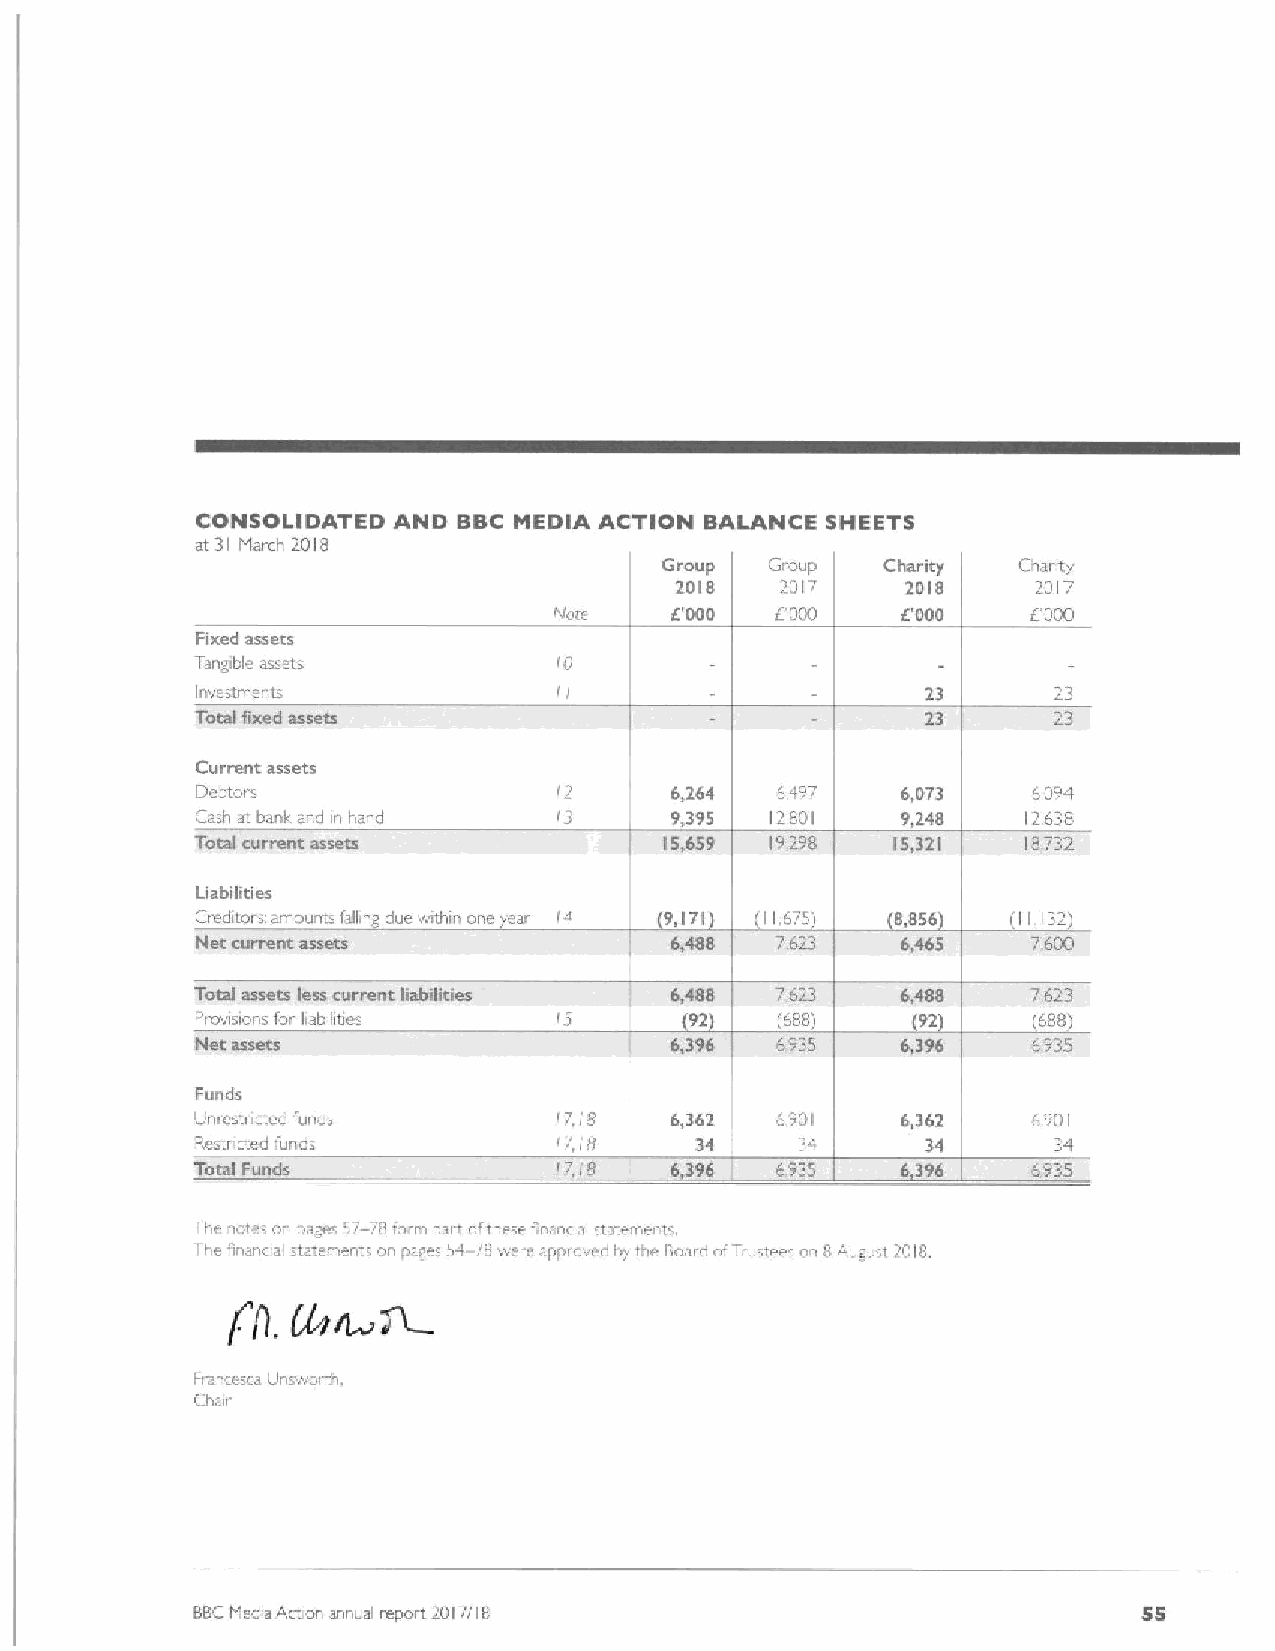
CONSOLIDATED AND BBC MEDIA ACTION BALANCE SHEETS
 at 31 htarch 2018
 Group  Group  Charity  Charity
 2018   2017    2018     2017
 Note ~ t'OOD  2000     IE'DOO  C000
 Fixed assets
 Tangible asseis         '0
 invesaments                                     23       23
 Total fixed assets                              23
 Current assets
 Debtors                 l2     6,264  6497     6,D73   6094
 Cash at bank and n hand lg     9,395  12,801   9,248   12638
 Total current assets           15,659 19,298  15,321   18732
 Liabilities
 Creditor~ amounu falling due oithin one year l4 9,171 11,675 8,856 (11 132)
 Net current assets             6,488           6,465   7,600
 Total assets less current lfabgkfes 6,488 7,623 6,488  7,623
 Provisions for liabilities       92   (688)     92     (688)
 6,396  6935     6,396   6,935
 Funds
 Unrestncted funds       f7.fg  6,362  6901     6,362   6,901
 Restricted funds        17,lg    34     34      34       34
 Toed Funds              f7,((f 6396   6.935    6396    6.935
 The 'iotes on pares ' /—78fo m patt o'these fn nciai statemerts.
 1he finunc ai ta ements on ptges 54 78vvere sppi'over by the Boaioof7 u tees on 8 August 2018,
 1-i'aiceres Unsivoi tm
 Chas
 BBChfedia Arbor annual report 2017/18                          55